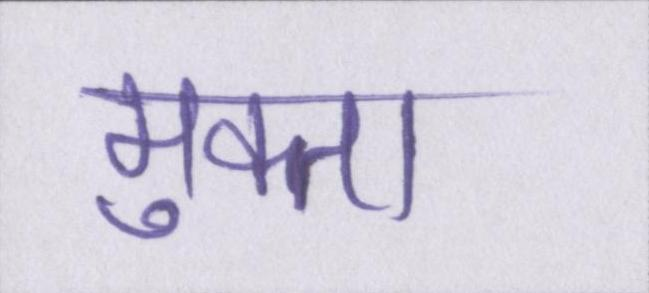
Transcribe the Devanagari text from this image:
मुक्ता